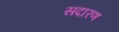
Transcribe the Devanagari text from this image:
सदारण